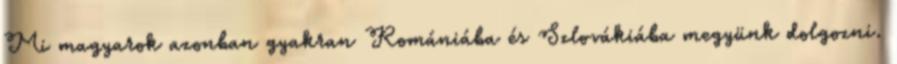
Mi magyarok azonban gyakran Romániába és Szlovákiába megyünk dolgozni.